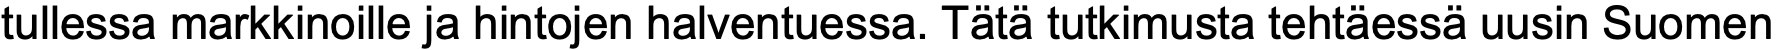
tullessa markkinoille ja hintojen halventuessa. Tätä tutkimusta tehtäessä uusin Suomen